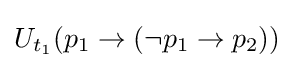
U_{t_{1}}(p_{1}\rightarrow (\neg p_{1}\rightarrow p_{2}))